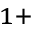
^ { 1 + }